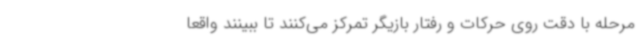
مرحله با دقت روی حرکات و رفتار بازیگر تمرکز می‌کنند تا ببینند واقعا